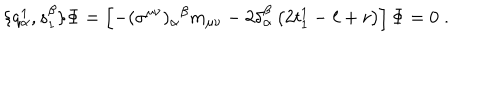
\{ q _ { \alpha } ^ { 1 } , s _ { 1 } ^ { \beta } \} \Phi = \left[ - ( \sigma ^ { \mu \nu } ) _ { \alpha } { } ^ { \beta } m _ { \mu \nu } - 2 \delta _ { \alpha } ^ { \beta } \left( 2 t _ { 1 } ^ { 1 } - \ell + r \right) \right] \Phi = 0 \; .